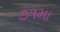
૭૧મા